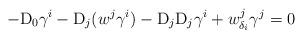
LaTeX: \begin{align*}-\mathrm D_0\gamma^i-\mathrm D_j(w^j\gamma^i)-\mathrm D_j\mathrm D_j\gamma^i+w^j_{\delta_i}\gamma^j=0\end{align*}